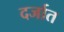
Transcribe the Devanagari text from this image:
दर्जात